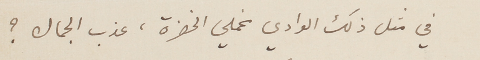
في مثل ذلك الوادي مخملي الخضرة، عذب الجمال؟